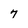
Character: 7